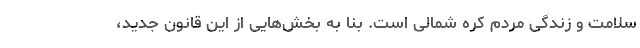
سلامت و زندگی مردم کره شمالی است. بنا به بخش‌هایی از این قانون جدید،